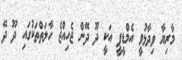
މާރިޔާ ވިދާޅުވީ އެމްޑީޕީ އަކީ ދޫ ދޭން ޖެހިއްޖެ ހާލަތްތަކުގައި ދޫ ދޭ